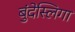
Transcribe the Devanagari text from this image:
बुंदेस्लिगा